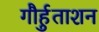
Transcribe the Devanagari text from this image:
गौर्हुताशन